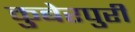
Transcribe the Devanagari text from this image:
कुबेरपुरी